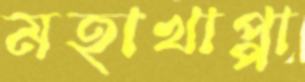
মহাখাপ্পা